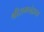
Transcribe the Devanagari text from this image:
श्रीरामचंद्राचा